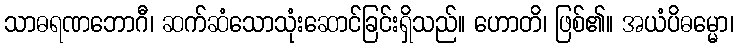
သာဓရဏဘောဂီ၊ ဆက်ဆံသောသုံးဆောင်ခြင်းရှိသည်။ ဟောတိ၊ ဖြစ်၏။ အယံပိဓမ္မော၊